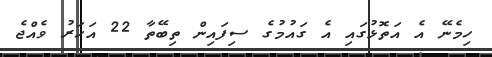
ހިމެނޭ އެ އަތޮޅުގައި އެ ގައުމުގެ ސިފައިން ތިބޭތާ 22 އަހަރު ވެއްޖެ